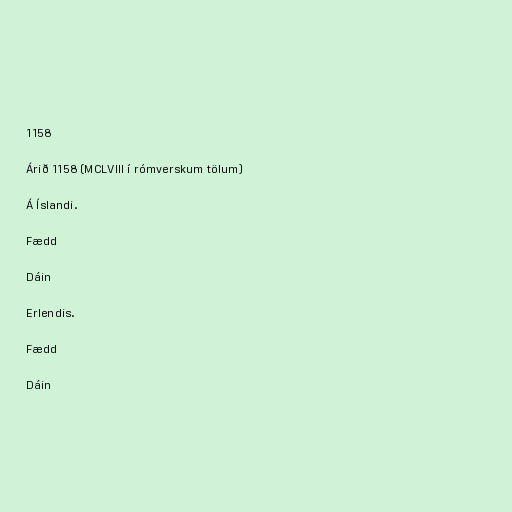
1158

Árið 1158 (MCLVIII í rómverskum tölum)

Á Íslandi.

Fædd

Dáin

Erlendis.

Fædd

Dáin